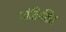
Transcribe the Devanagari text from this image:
शांतिरक्षित